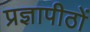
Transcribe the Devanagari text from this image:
प्रज्ञापीठों